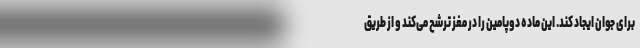
برای جوان ایجاد کند. این ماده دوپامین را در مغز ترشح می‌کند و از طریق